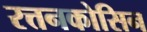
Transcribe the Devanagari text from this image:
रत्तनकोसिन